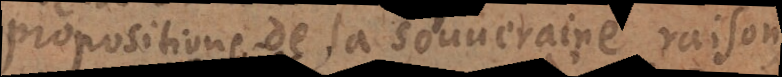
propositions de la souveraine raison,